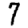
Digit: 7